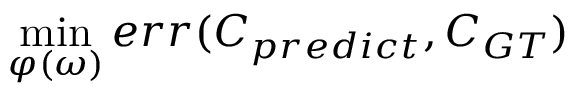
\operatorname* { m i n } _ { \varphi ( \omega ) } e r r ( C _ { p r e d i c t } , C _ { G T } )